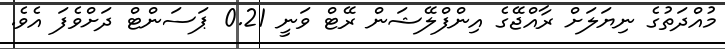
މުއްދަތުގެ ނިޔަލަށް ރާއްޖޭގެ އިންފްލޭޝަން ރޭޓް ވަނީ 0.21 ޕަސަންޓް ދަށްވެފަ އެވެ.